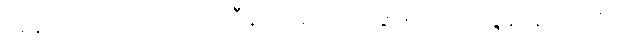
အနက်တည်း။) တထဋ္ဌာဒီနိ၊ ကုန်သော။ ဒွါဒသဝိဿဇ္ဇနာနိ၊ တို့ကို။